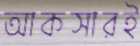
আকসারই